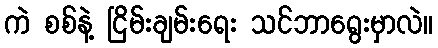
ကဲ စစ်နဲ့ ငြိမ်းချမ်းရေး သင်ဘာရွေးမှာလဲ။